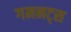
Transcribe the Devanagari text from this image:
गमनट्स